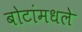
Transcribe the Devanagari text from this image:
बोटांमधले